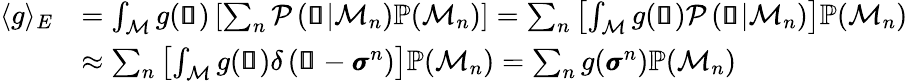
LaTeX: \begin{array}{rl}{\langle g\rangle_{E}}&{=\int_{\mathcal{M}}g(\pmb{\mathscr{s}})\left[\sum_{n}\mathcal{P}\left(\pmb{\mathscr{s}}|\mathcal{M}_{n}\right)\mathbb{P}(\mathcal{M}_{n})\right]=\sum_{n}\left[\int_{\mathcal{M}}g(\pmb{\mathscr{s}})\mathcal{P}\left(\pmb{\mathscr{s}}|\mathcal{M}_{n}\right)\right]\mathbb{P}(\mathcal{M}_{n})}\\ &{\approx\sum_{n}\left[\int_{\mathcal{M}}g(\pmb{\mathscr{s}})\delta\left(\pmb{\mathscr{s}}-\pmb{\sigma}^{n}\right)\right]\mathbb{P}(\mathcal{M}_{n})=\sum_{n}g(\pmb{\sigma}^{n})\mathbb{P}(\mathcal{M}_{n})}\end{array}